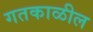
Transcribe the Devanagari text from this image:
गतकाळील